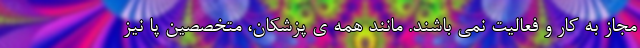
مجاز به کار و فعالیت نمی باشند. مانند همه ی پزشکان، متخصصین پا نیز